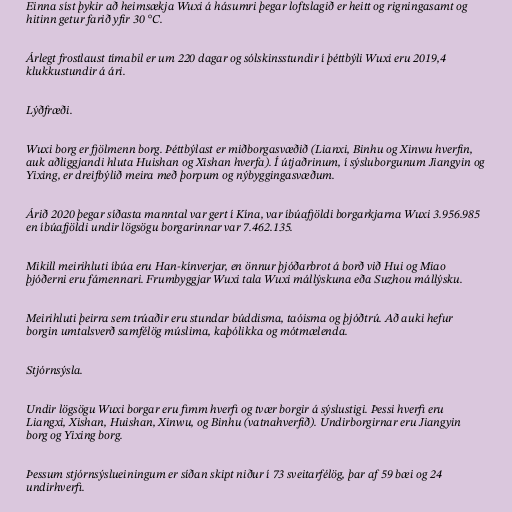
Einna síst þykir að heimsækja Wuxi á hásumri þegar loftslagið er heitt og rigningasamt og
hitinn getur farið yfir 30 °C.

Árlegt frostlaust tímabil er um 220 dagar og sólskinsstundir í þéttbýli Wuxi eru 2019,4
klukkustundir á ári.

Lýðfræði.

Wuxi borg er fjölmenn borg. Þéttbýlast er miðborgasvæðið (Lianxi, Binhu og Xinwu hverfin,
auk aðliggjandi hluta Huishan og Xishan hverfa). Í útjaðrinum, í sýsluborgunum Jiangyin og
Yixing, er dreifbýlið meira með þorpum og nýbyggingasvæðum.

Árið 2020 þegar síðasta manntal var gert í Kína, var íbúafjöldi borgarkjarna Wuxi 3.956.985
en íbúafjöldi undir lögsögu borgarinnar var 7.462.135.

Mikill meirihluti íbúa eru Han-kínverjar, en önnur þjóðarbrot á borð við Hui og Miao
þjóðerni eru fámennari. Frumbyggjar Wuxi tala Wuxi mállýskuna eða Suzhou mállýsku.

Meirihluti þeirra sem trúaðir eru stundar búddisma, taóisma og þjóðtrú. Að auki hefur
borgin umtalsverð samfélög múslima, kaþólikka og mótmælenda.

Stjórnsýsla.

Undir lögsögu Wuxi borgar eru fimm hverfi og tvær borgir á sýslustigi. Þessi hverfi eru
Liangxi, Xishan, Huishan, Xinwu, og Binhu (vatnahverfið). Undirborgirnar eru Jiangyin
borg og Yixing borg.

Þessum stjórnsýslueiningum er síðan skipt niður í 73 sveitarfélög, þar af 59 bæi og 24
undirhverfi.